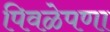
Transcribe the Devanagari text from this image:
पिवळेपणा